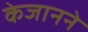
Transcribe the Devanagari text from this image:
केजानने